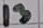
Text: 13